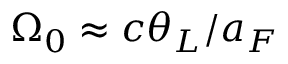
\Omega _ { 0 } \approx c \theta _ { L } / a _ { F }